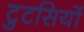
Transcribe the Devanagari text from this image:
टुटसियों